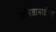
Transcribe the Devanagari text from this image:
सविताबाईंवर